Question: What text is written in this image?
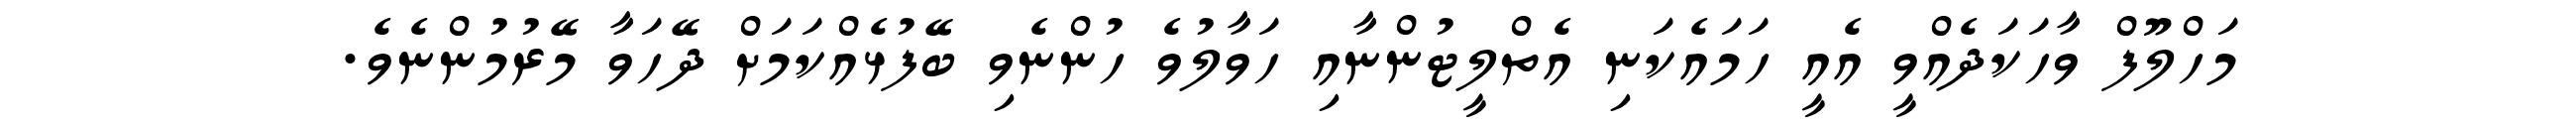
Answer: މަހްލޫފް ވާހަކަދެއްވީ އެއީ ހަމައެކަނި އެތްލީޓުންނާއި ހަވާލުވެ ހުންނެވި ބޭފުޅެއްކަމަށް ދޭހަވާ މޭރުމުންނެވެ.